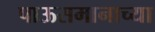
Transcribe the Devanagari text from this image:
पाऊसमानाच्या